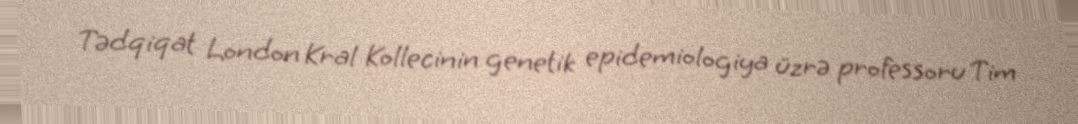
Tədqiqat London Kral Kollecinin genetik epidemiologiya üzrə professoru Tim